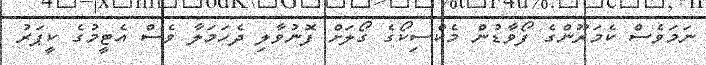
ނަމަވެސް ކެމަރޫންގެ ފޯވާޑުން މެކްސިކޯގެ ގޯލަށް ފޮނުވާލި ދެހަމަލާ ވެސް އެޓީމުގެ ކީޕަރު